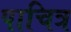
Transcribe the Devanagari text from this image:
पाचित्र